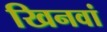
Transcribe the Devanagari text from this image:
खिनवां